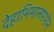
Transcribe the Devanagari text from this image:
देहाभिमानपाशेन